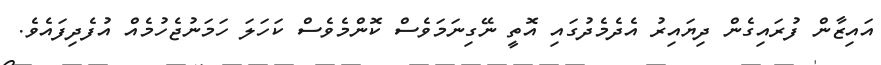
އައިޒާން ފުރައިގެން ދިޔައިރު އެދެމެދުގައި އޮތީ ނޭގިނަމަވެސް ކޮންމެވެސް ކަހަލަ ހަމަނުޖެހުމެއް އުފެދިފައެވެ.